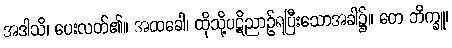
အဒါသိ၊ ပေးလတ်၏။ အထခေါ၊ ထိုသို့ပဋိညာဉ်ရပြီးသောအခါ၌။ တေ ဘိက္ခူ၊